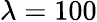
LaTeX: \lambda=100